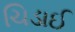
ચિડાઈ